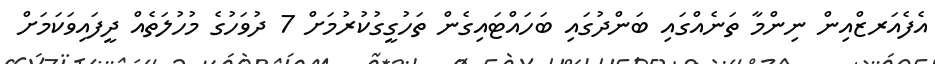
އެފެއަރޒްއިން ނިންމާ ތަނެއްގައި ބަންދުގައި ބަހައްޓައިގެން ތަހުގީގުކުރުމަށް 7 ދުވަހުގެ މުހުލަތެއް ދީފައިވަކަމަށް